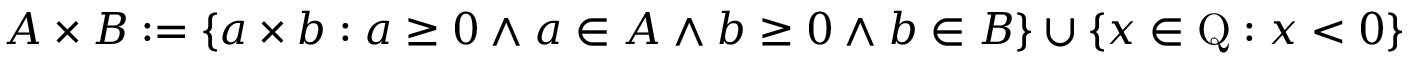
A \times B : = \{ a \times b : a \geq 0 \land a \in A \land b \geq 0 \land b \in B \} \cup \{ x \in \mathrm { Q } : x < 0 \}